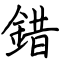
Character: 錯